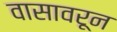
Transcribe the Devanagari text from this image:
वासावरून